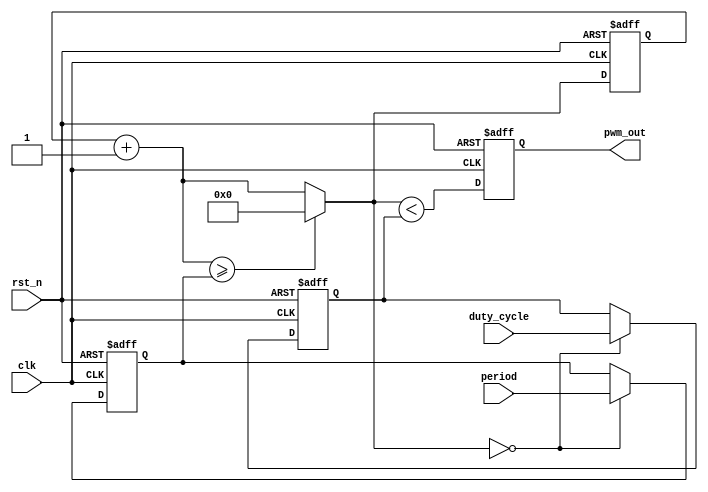
module pwm_gen
(
    input       clk,
    input       rst_n,
    input [7:0] period,
    input [7:0] duty_cycle,
    output reg  pwm_out
);

reg [7:0] next_cnt;
reg [7:0] cnt;

reg [7:0] period_latch;
reg [7:0] duty_cycle_latch;


always @(*) begin
    next_cnt = cnt + 1;
    if(next_cnt >= period_latch)
        next_cnt = 0;
end

always @(posedge clk or negedge rst_n) begin
    if(~rst_n) begin
        period_latch     <= 50;
        duty_cycle_latch <= 25;
    end
    else if(next_cnt == 0) begin
        period_latch     <= period;
        duty_cycle_latch <= duty_cycle;
    end
end

always @(posedge clk or negedge rst_n) begin
    if(~rst_n) begin
        pwm_out <= 0;
        cnt     <= 0;
    end
    else begin
        pwm_out <= next_cnt < duty_cycle_latch;
        cnt     <= next_cnt;
    end
end

endmodule